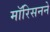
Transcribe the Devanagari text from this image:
मॉरिसनने